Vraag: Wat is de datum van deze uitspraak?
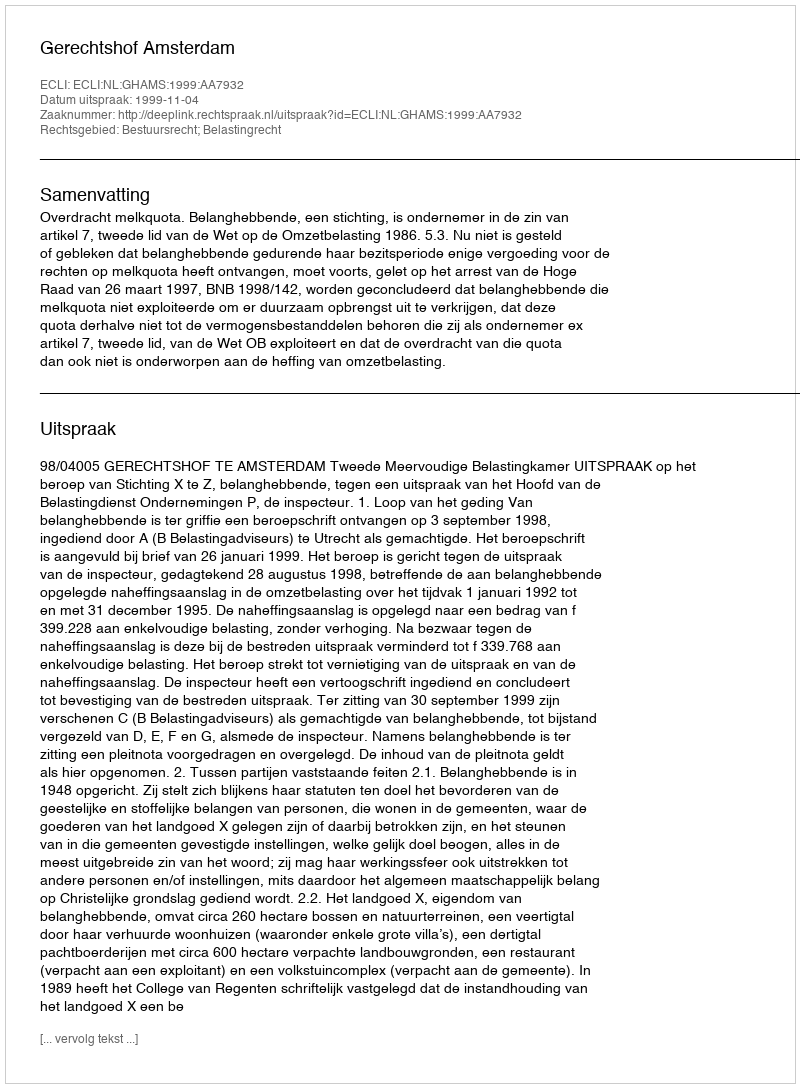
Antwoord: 1999-11-04